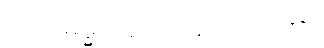
အဘိဓမ္ဓပါဋကပါဠိအဋ္ဌကထာ